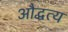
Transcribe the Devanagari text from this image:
औद्धत्य